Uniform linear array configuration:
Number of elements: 24
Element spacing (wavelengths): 0.25
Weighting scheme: hamming
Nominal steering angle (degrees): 30
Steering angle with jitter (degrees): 28.437
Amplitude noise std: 0.05
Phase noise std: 0.05

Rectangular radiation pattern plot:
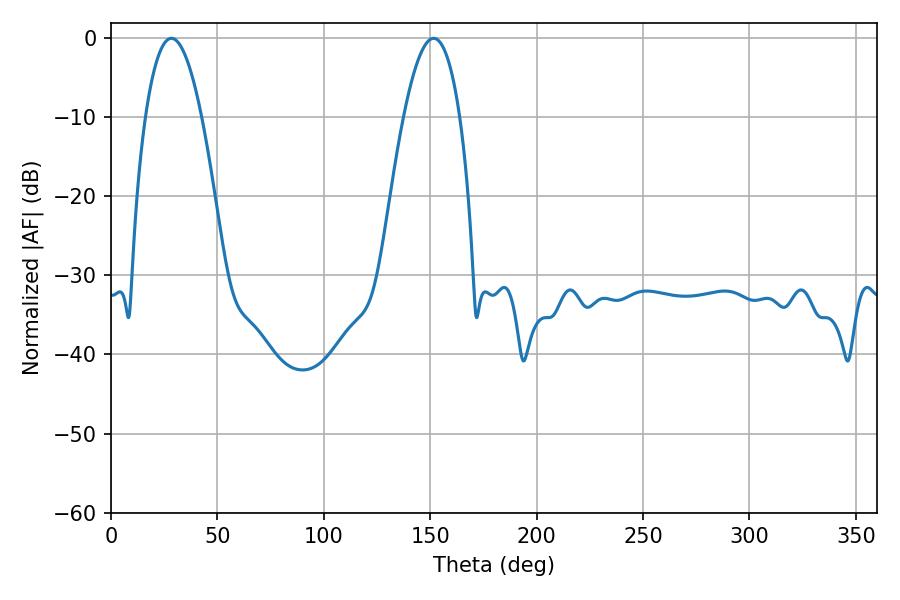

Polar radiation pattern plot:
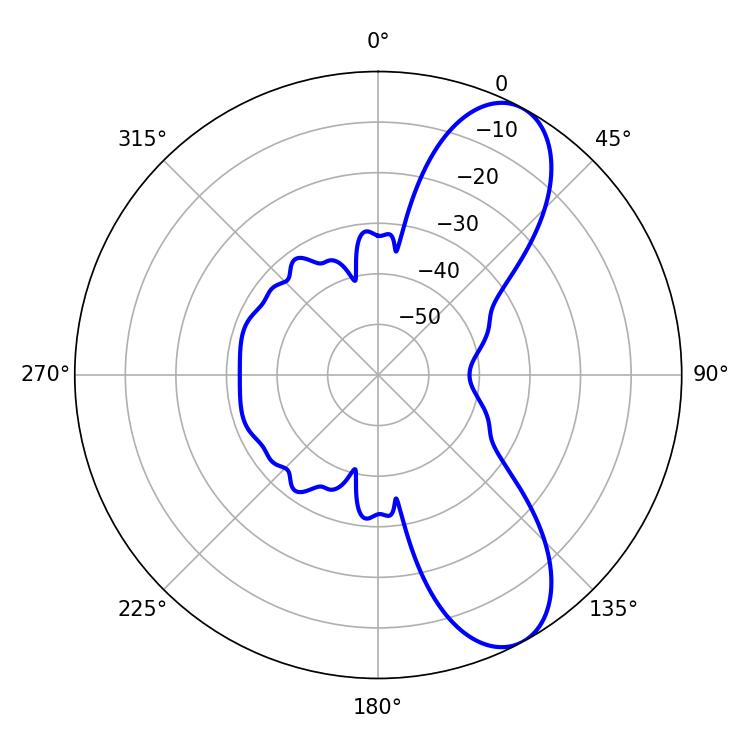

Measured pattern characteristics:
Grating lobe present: FALSE
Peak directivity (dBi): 8.832
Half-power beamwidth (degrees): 14.58
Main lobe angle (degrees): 28.44